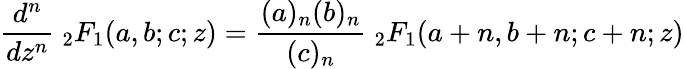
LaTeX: {\frac{d^{n}}{dz^{n}}}\ {}_{2}F_{1}(a,b;c;z)={\frac{(a)_{n}(b)_{n}}{(c)_{n}}}\ {}_{2}F_{1}(a+n,b+n;c+n;z)